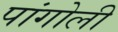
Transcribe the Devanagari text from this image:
पांगोली